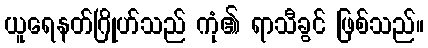
ယူရေနတ်ဂြိုဟ်သည် ကုံ၏ ရာသီခွင် ဖြစ်သည်။